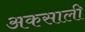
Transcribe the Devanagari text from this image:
अकसाली